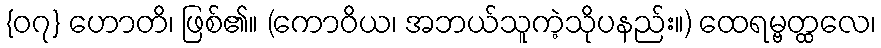
{၀၇} ဟောတိ၊ ဖြစ်၏။ (ကောဝိယ၊ အဘယ်သူကဲ့သိုပနည်း။) ထေရမ္ဗတ္ထလေ၊